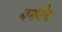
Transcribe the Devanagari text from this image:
वर्गमैन